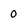
Character: 0